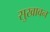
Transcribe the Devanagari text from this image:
सुखावन